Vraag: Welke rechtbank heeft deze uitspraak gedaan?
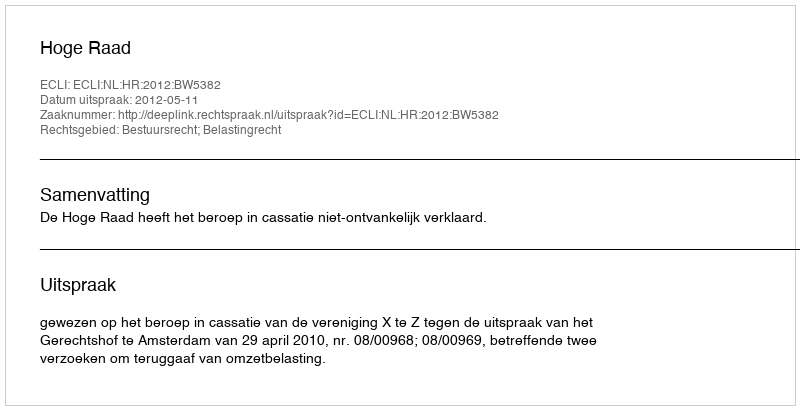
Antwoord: Hoge Raad